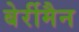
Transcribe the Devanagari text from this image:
बेर्रीमैन